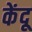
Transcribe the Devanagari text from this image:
केंदू